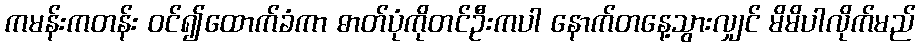
ကမန်းကတန်း ဝင်၍ထောက်ခံကာ ဓာတ်ပုံကိုတင်ဦးကပါ နောက်တနေ့သွားလျှင် မိမိပါလိုက်မည်